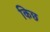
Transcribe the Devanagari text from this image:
किछ